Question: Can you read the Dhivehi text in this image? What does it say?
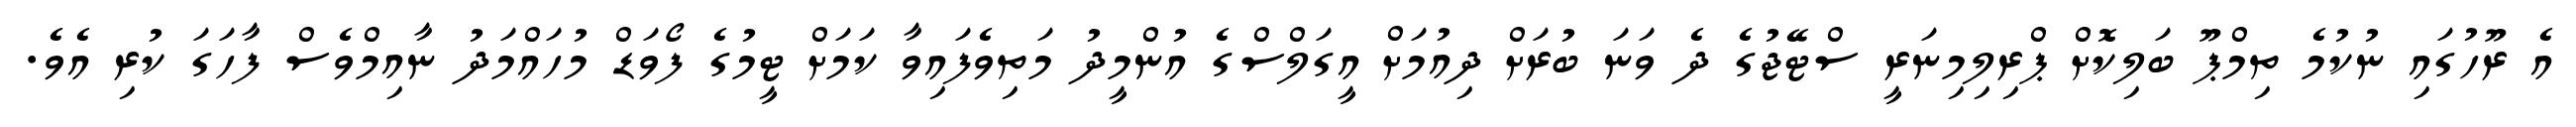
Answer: އެ ރޫހުގައި ނުކުމެ ތިމްޕޫ ބަލިކޮށް ޕްރިލިމިނަރީ ސްޓޭޖުގެ ދެ ވަނަ ބުރަށް ދިއުމަށް އީގަލްސްގެ އުންމީދު މަތިވެފައިވާ ކަމަށް ޓީމުގެ ފޯވަޑް މުހައްމަދު ނާއިމްވެސް ފާހަގަ ކުރި އެވެ.